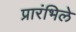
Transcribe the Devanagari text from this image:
प्रारंभिले